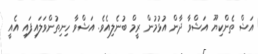
އަޝް ތެންކިޔޫ އަޝްވާ ދާން އުޅުމުން ރީމް ބުނެލިއެވެ. އަޝްވާ ހިނިތުންވަލައިފައި އެއީ